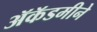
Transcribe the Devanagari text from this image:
ॲकॅडमीने